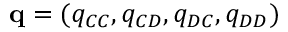
\mathbf { q } = ( q _ { C C } , q _ { C D } , q _ { D C } , q _ { D D } )